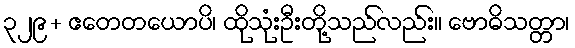
၃၂၉+ ဧတေတယောပိ၊ ထိုသုံးဦးတို့သည်လည်း။ ဗောဓိသတ္တာ၊